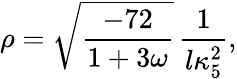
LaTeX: \rho=\sqrt{\frac{-72}{1+3\omega}}\, \frac{1}{l\kappa_{5}^{2}},